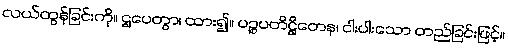
လယ်ထွန်ခြင်းကို။ ဌပေတွာ၊ ထား၍။ ပဉ္စပတိဋ္ဌိတေန၊ ငါးပါးသော တည်ခြင်းဖြင့်။